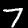
Digit: 7